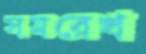
সমরেখ